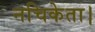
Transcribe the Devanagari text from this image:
नचिकेता।